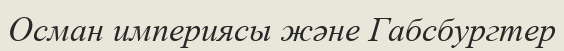
Осман империясы және Габсбургтер